Vital statistics of India. Vol. V, Reports of 1876 on armies & jails and on epidemic cholera
Year: 1876
Disease focus: Cholera
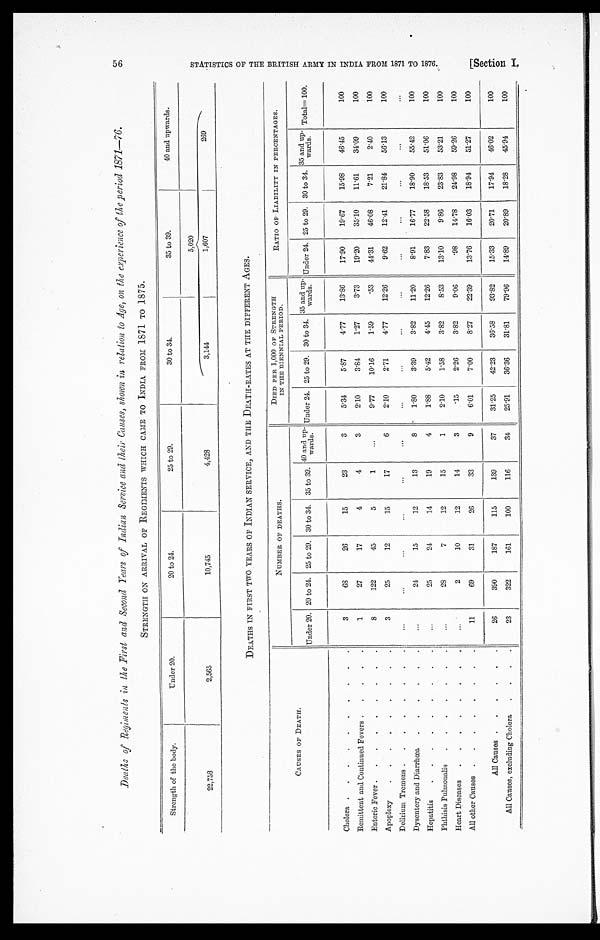
56
Deaths of Regiments in the First and Second Years of Indian Service and their Causes, shown in relation to Age, on the experience of the period 1871—76.
STRENGTH ON ARRIVAL OF REGIMENTS WHICH CAME TO INDIA FROM 1871 TO 1875.
Strength of the body.
Under 20.
20 to 24.
25 to 29.
30 to 34.
35 to 39.
40 and upwards.
5,020
22,758
2,565
10,745
4,428
3,144
1,607
269
DEATHS IN FIRST TWO YEARS OF INDIAN SERVICE, AND THE DEATH-RATES AT THE DIFFERENT AGES.
CAUSES OF DEATH.
NUMBER OF DEATHS.
DIED PER 1,000 OF STRENGTH
IN THE BIENNIAL PERIOD.
RATIO OF LIABILITY IN PERCENTAGES.
Under 20. 20 to 24. 25 to 29. 30 to 34. 35 to 39.
40 and up-wards. Under 24. 25 to 29. 30 to 34.
3 5 a n d u p - w a r d s . Under 24. 25 to 29. 30 to 34.
3 5 a n d u p - w a r d s .
Total= 100.
Cholera . . .
3
68
26
15
23
3
5.34
5.87
4.77
13.86
17.90
19.67
15.98
46.45
100
Remittent and Continued Fevers . . .
1
27
17
4
4
3
2.10
3.81
1.27
3.73
19.20
35.10
11.61
34.09
100
Enteric Fever . . .
8
122
45
5
1
. . .
9.77
10.16
1.59
.53
44.31
46.08
7.21
2.40
100
Apoplexy
. . .
3
25
12
15
17
6
2.10
2.71
4.77
12.26
9.62
12.41
21.84
56.13
100
Delirium Tremens . . .
. . .
. . .
. . .
. . .
. . .
. . .
. . .
. . .
. . .
. . .
. . .
. . .
. . .
. . .
. . .
Dysentery and Diarrhœa
. . .
. . .
24
15
12
13
8
1.80
3.39
3.82
11.20
8.91
16.77
18.90
55.42
100
Hepatitis
. . .
. . .
25
24
14
19
4
1.88
5.42
4.45
12.26
7.83
22.58
18.53
51.06
100
Phthisis Pulmonalis
. . .
. . .
28
7
12
15
1
2.10
1.58
3.82
8.53
13.10
9.86
23.83
53.21
100
Heart Diseases
. . .
. . .
2
10
12
14
3
.15
2.26
3.82
9.06
.98
14.78
24.98
59.26
100
All other Causes . . .
11
69
31
26
33
9
6.01
7.00
8.27
22.39
13.76
16.03
18.94
51.27
100
All Causes . . .
26
390
187
115
139
37
31.25
42.23
36.58
93.82
15.33
20.71
17.94
46.02
100
All Causes, excluding Cholera
. . .
23
322
161
100
116
34
25.91
36.36
31.81
79.96
14.89
20.89
18.28
45.94
100
S T A T I S T I C S O F T H E B R I T I S H A R M Y I N I N D I A F R O M 1 8 7 1 T O 1 8 7 6 .
[Section I,